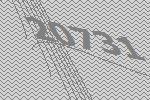
20731